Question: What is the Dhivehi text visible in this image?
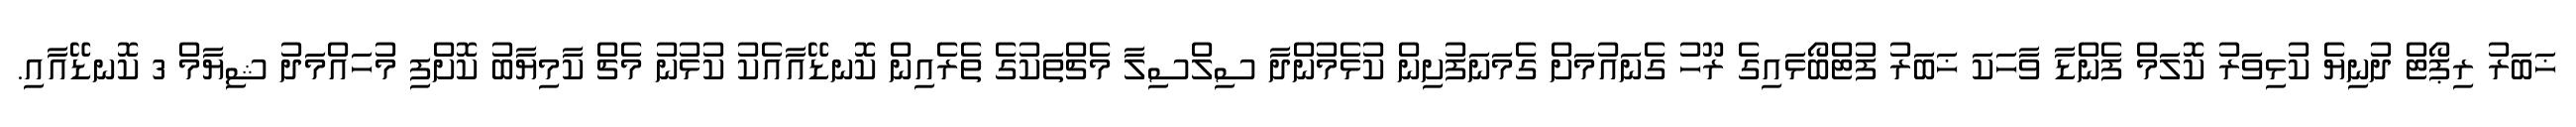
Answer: ޚަބަރު ރިޕޯޓް ދުނިޔެ ކުޅިވަރު ކޮލަމް ފެންޑާ ވާހަކަ ޚަބަރު ފުޓްބޯޅައިގެ ރޫހު ގެނައުމަށް ގެމަނަފުށިން ކުޅެމުންދާ ސިލްސިލާ މެޗްތަކުގެ ތެރެއިން ކޮނޑޭއާއެކު ކުޅުނު މެޗް ކާމިޔާބު ކޮށްފި މުހައްމަދު ޝިޔާމް 3 ކޮނޑޭއާއި.